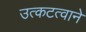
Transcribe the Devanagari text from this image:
उत्कटत्वाने